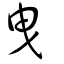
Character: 曳